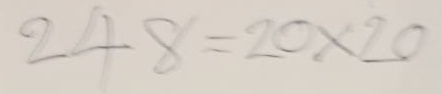
248 = 20x20